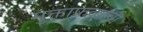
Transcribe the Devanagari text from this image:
मुक्ताफळांची